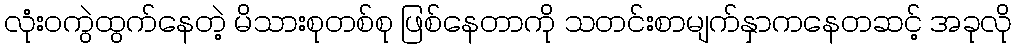
လုံးဝကွဲထွက်နေတဲ့ မိသားစုတစ်စု ဖြစ်နေတာကို သတင်းစာမျက်နှာကနေတဆင့် အခုလို